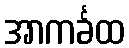
အာကင်္ခထ